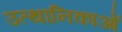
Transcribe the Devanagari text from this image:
उत्थानिकाओं